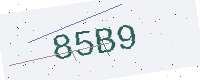
Text: 85B9